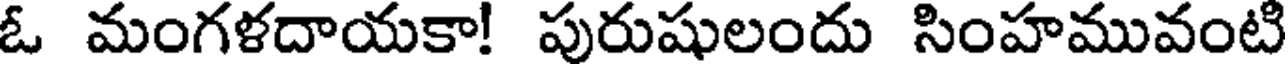
ఓ మంగళదాయకా! పురుషులందు సింహమువంటి